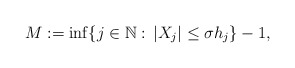
\begin{align*}M := \inf\{j \in \mathbb{N}:\, |X_j| \leq \sigma h_j\}-1,\end{align*}